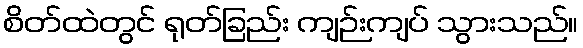
စိတ်ထဲတွင် ရုတ်ခြည်း ကျဉ်းကျပ် သွားသည်။